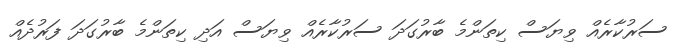
ސަރުކާރެއް ވިޔަސް ކިތަންމެ ބާރުގަދަ ސަރުކާރެއް ވިޔަސް އަދި ކިތަންމެ ބާރުގަދަ ފަރުދެއް